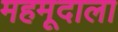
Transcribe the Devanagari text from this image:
महमूदाला